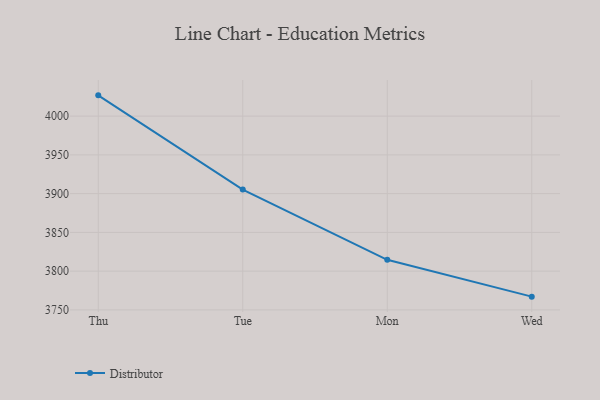
{"axis": {"x": "Day", "y": "Operating Costs (USD K)"}, "legend": ["Distributor"], "data": [{"x": "Thu", "y": 4026.8, "type": "Distributor"}, {"x": "Tue", "y": 3905.3, "type": "Distributor"}, {"x": "Mon", "y": 3814.6, "type": "Distributor"}, {"x": "Wed", "y": 3767.1, "type": "Distributor"}]}